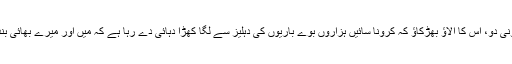
پھونکیں مار مار اِسے دھونی دو، اس کا الاؤ بھڑکاؤ کہ کرونا سائیں ہزاروں بُوے باریوں کی دہلیز سے لگا کھڑا دُہائی دے رہا ہے کہ میں اور میرے بھائی بند اب آتے جاتے رہیں گے۔